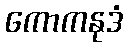
ကောကနုဒံ